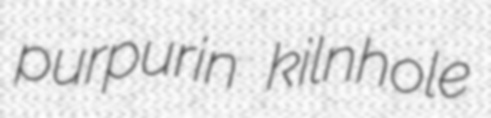
purpurin kilnhole